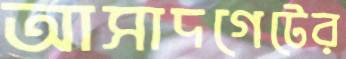
আসাদগেটের